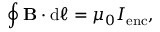
\oint \mathbf { B } \cdot \mathrm { d } { \boldsymbol { \ell } } = \mu _ { 0 } I _ { \mathrm { e n c } } ,